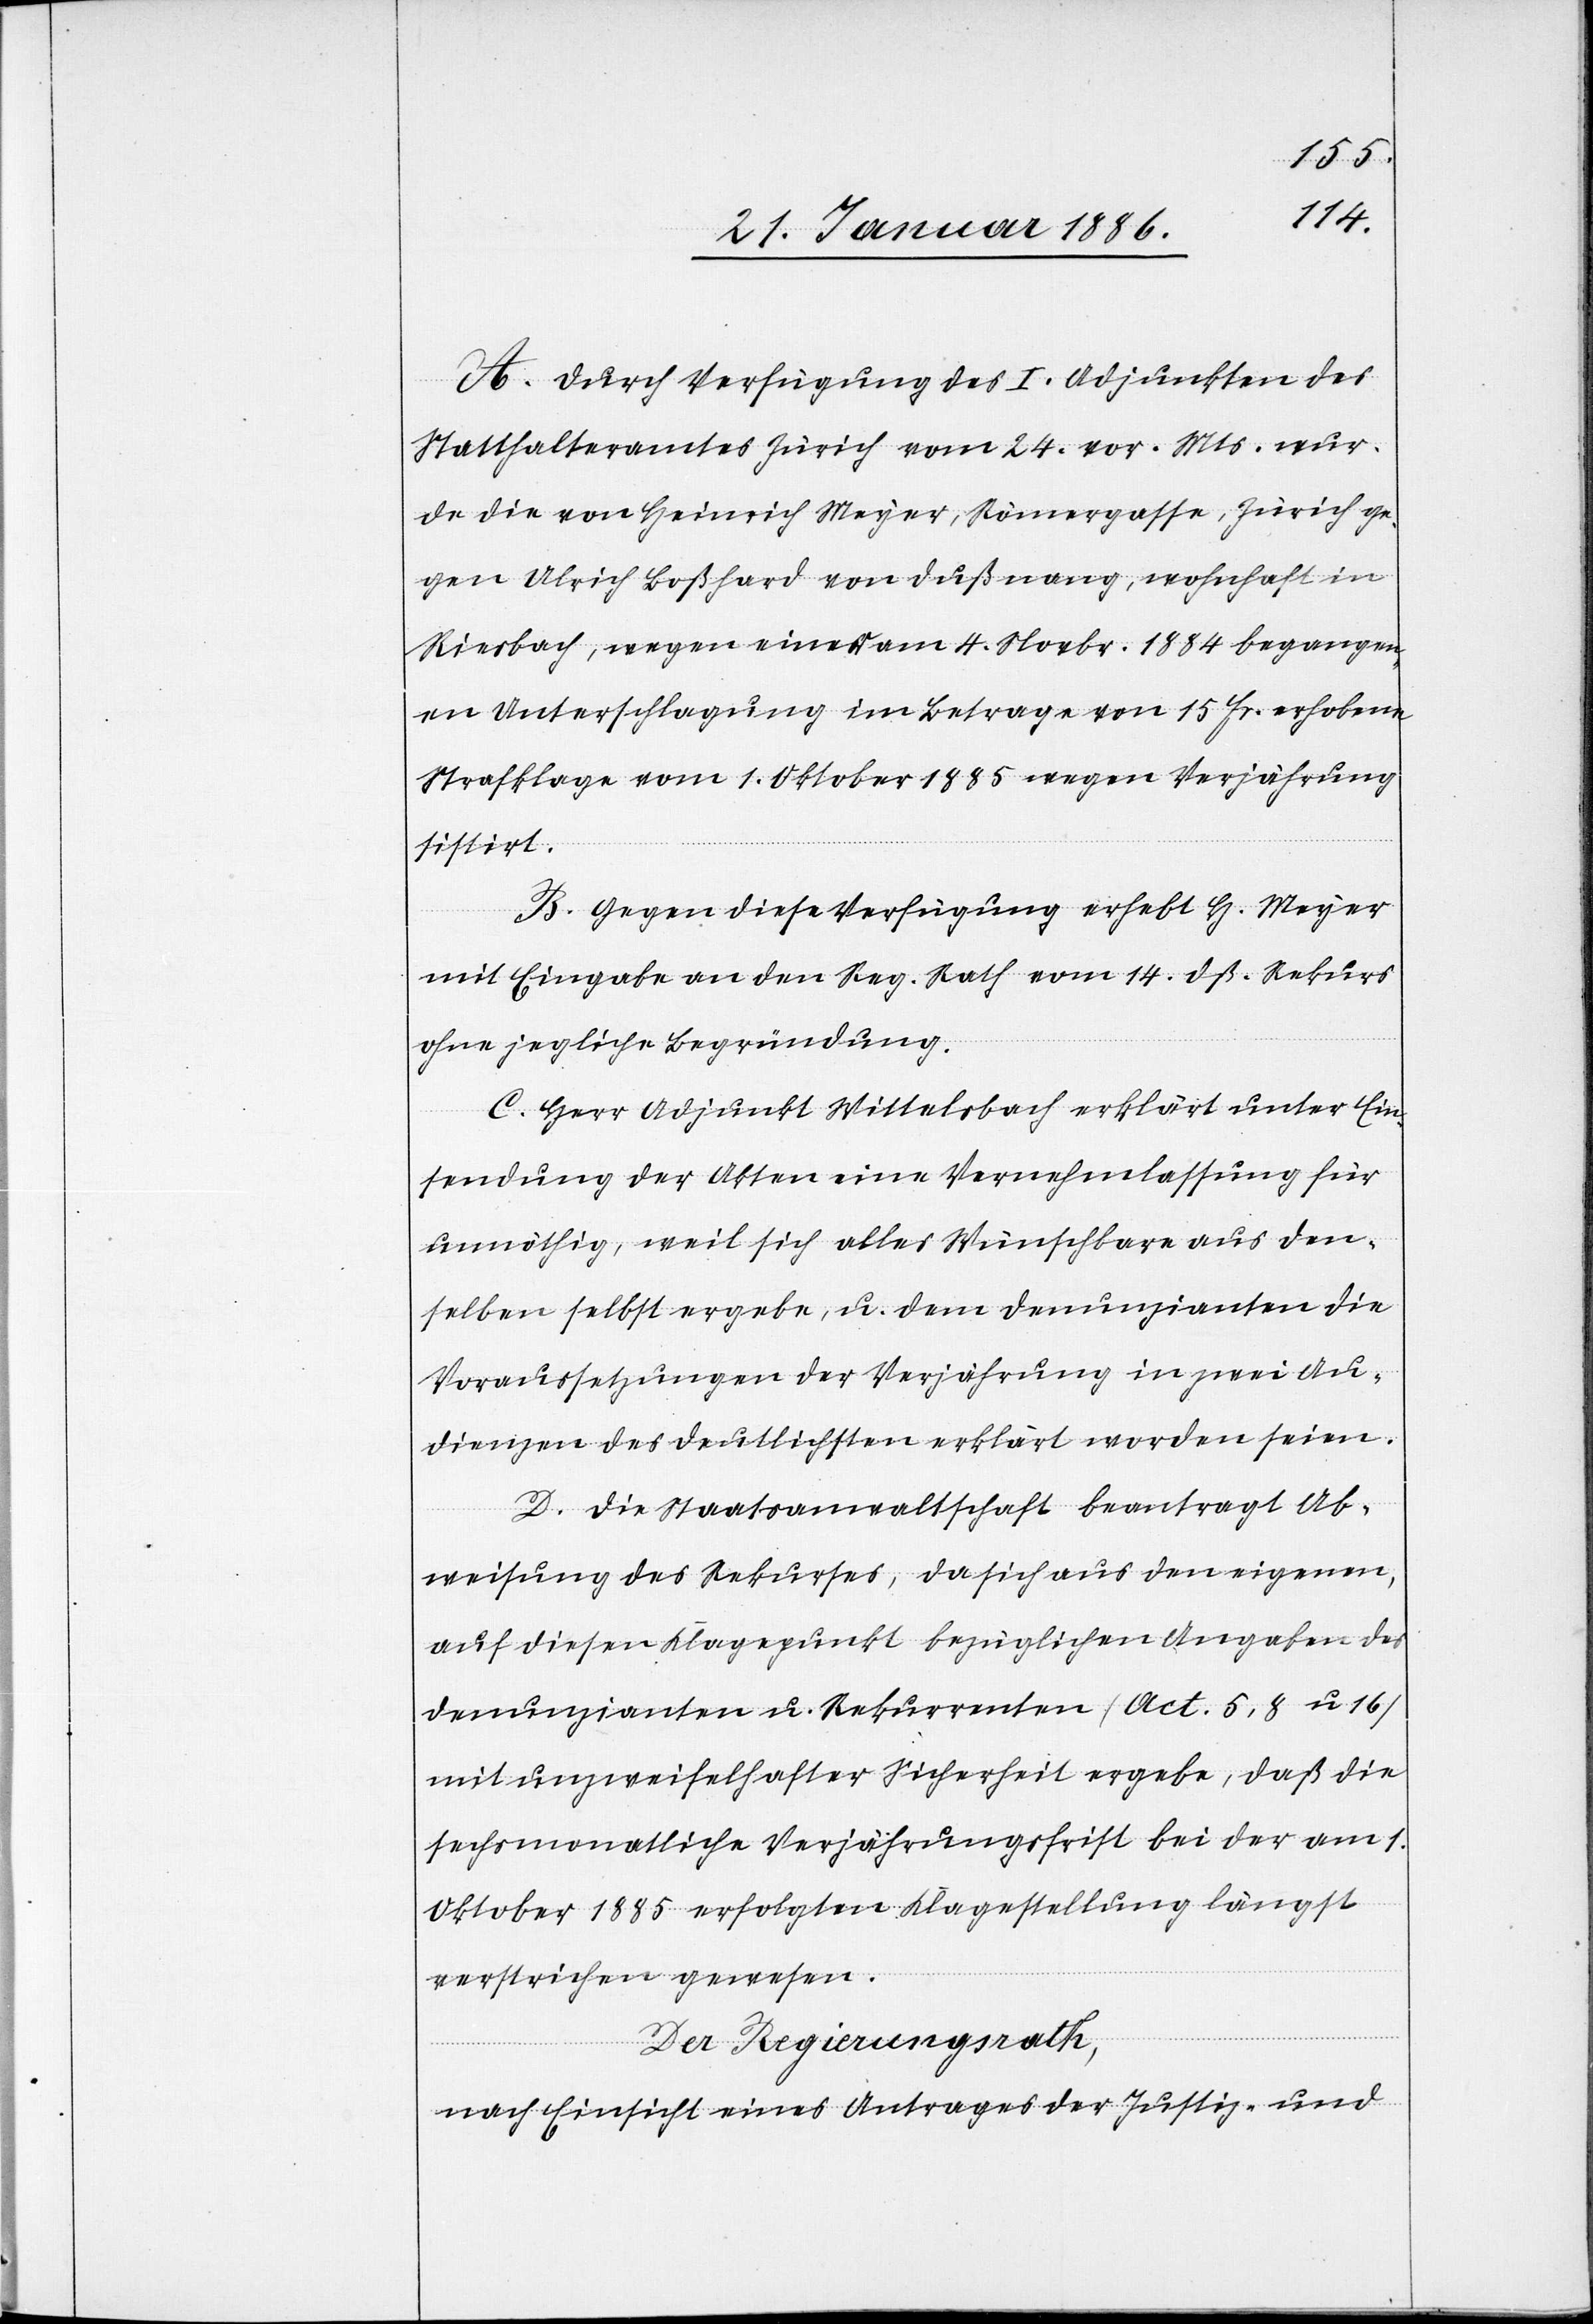
A. Durch Verfügung des I. Adjunkten des
Statthalteramtes Zürich vom 24. vor. Mts. wur¬
de die von Heinrich Meyer, Römergasse, Zürich ge¬
gen Ulrich Boßhard von Dußnang, wohnhaft in
Riesbach, wegen einer am 4. Novbr. 1884 begangen¬
en Unterschlagung im Betrage von 15 Fr. erhobene
Strafklage vom 1. Oktober 1885 wegen Verjährung
sistirt.
B. Gegen diese Verfügung erhebt H. Meyer
mit Eingabe an den Reg. Rath vom 14. dß. Rekurs
ohne jegliche Begründung.
C. Herr Adjunkt Wittelsbach erklärt unter Ein¬
sendung der Akten eine Vernehmlassung für
unnöthig, weil sich alles Wünschbare aus den¬
selben selbst ergebe, u. dem Denunzianten die
Voraussetzungen der Verjährung in zwei Au¬
dienzen des deutlichsten erklärt worden seien.
D. Die Staatsanwaltschaft beantragt Ab¬
weisung des Rekurse, da sich aus den eigenen
auf diesen Klagepunkt bezüglichen Angaben des
Denunzianten u. Rekurrenten (Act. 5, 8 u. 16)
mit unzweifelhafter Sicherheit ergebe, daß die
sechsmonatliche Verjährungsfrist bei der am
Oktober 1885 erfolgten Klagestellung längst
verstrichen gewesen.
Der Regierungsrath,
nach Einsicht eines Antrages der Justiz- und